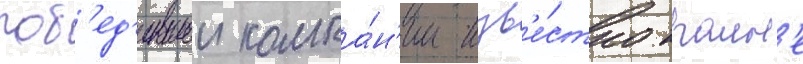
поб'ед'ившеи компа́н'ии изв'е́стно краин'е